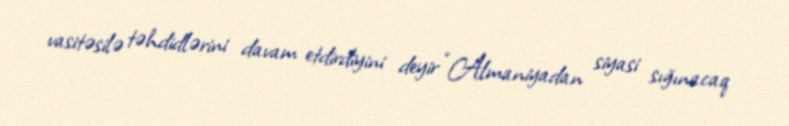
vasitəsilə təhdidlərini davam etdirdiyini deyir “Almaniyadan siyasi sığınacaq